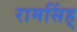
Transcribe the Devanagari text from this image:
रामसिंह्